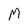
Character: M